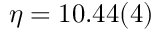
\eta = 1 0 . 4 4 ( 4 )